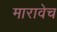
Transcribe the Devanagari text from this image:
मारावेच